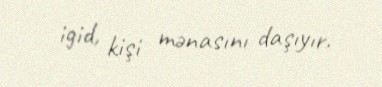
igid, kişi mənasını daşıyır.